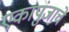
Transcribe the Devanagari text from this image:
एकापुंजाचे